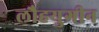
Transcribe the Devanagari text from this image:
लौहयुगीन